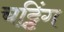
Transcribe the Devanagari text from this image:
चट्टिंग